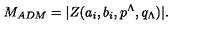
M _ { A D M } = | Z ( a _ { i } , b _ { i } , p ^ { \Lambda } , q _ { \Lambda } ) | .